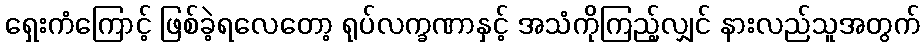
ရှေးကံကြောင့် ဖြစ်ခဲ့ရလေတော့ ရုပ်လက္ခဏာနှင့် အသံကိုကြည့်လျှင် နားလည်သူအတွက်